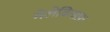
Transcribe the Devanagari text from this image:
मेलेबियाफ़